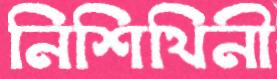
নিশিথিনী